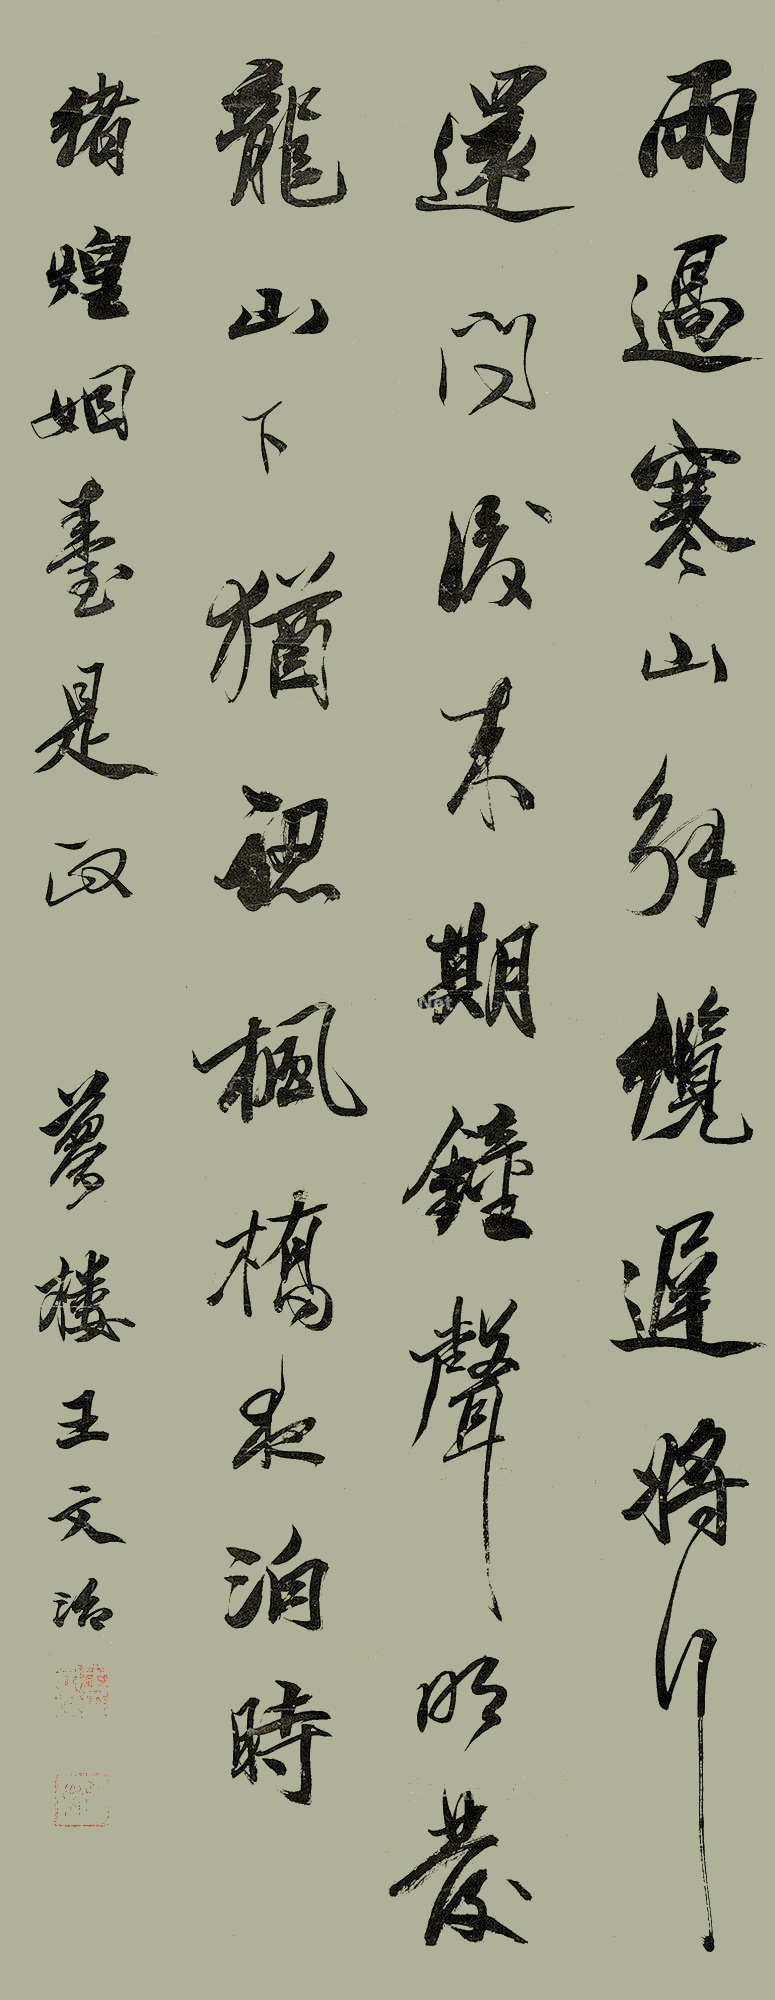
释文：雨过寒山解缆迟，将行还问后来期。钟声明发龙山下，犹认枫桥夜泊时。绪煌姻台是政。梦楼王文治。